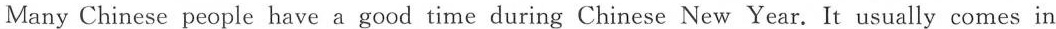
Many Chinese people have a good time during Chinese New Year. It usually comes in